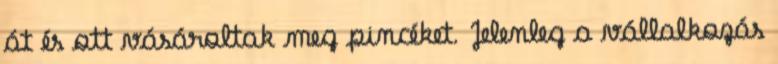
át és ott vásároltak meg pincéket. Jelenleg a vállalkozás